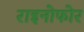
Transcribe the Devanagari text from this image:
राइनोफोर